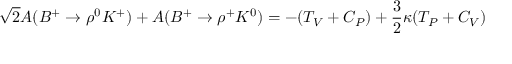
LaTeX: \sqrt { 2 } { \cal A } ( B ^ { + } \rightarrow \rho ^ { 0 } K ^ { + } ) + { \cal A } ( B ^ { + } \rightarrow \rho ^ { + } K ^ { 0 } ) = - ( T _ { V } + C _ { P } ) + \frac { 3 } { 2 } \kappa ( T _ { P } + C _ { V } )